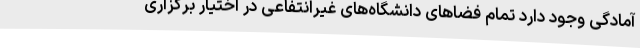
آمادگی وجود دارد تمام فضاهای دانشگاه‌های غیرانتفاعی در اختیار برگزاری